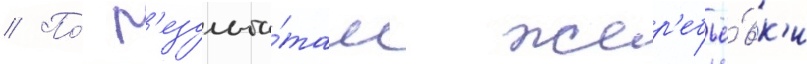
// По́ р'езульта́там жер'ебьё́вк'и